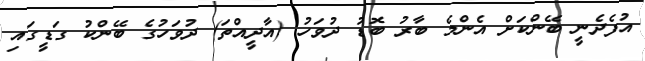
އުފެދެނީ ބޭންކަށް އެންމެ ބާރު ބޮޑު ދުވަހު (އާދީއްތަ) ދުވަހުގެ ބޭންކު ގަޑީގައި